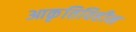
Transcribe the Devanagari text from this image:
आकृतिविहीन